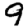
Digit: 9